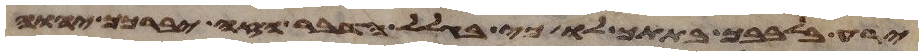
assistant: ירע בלבבך בתתך לו כי בגלל הדבר הזה יברכך יהוה